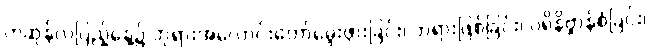
ကဆုန်လပြည့်နေ့၌ ဘုရားအလောင်းတော်မွေးဖွားခြင်း၊ ဘုရားဖြစ်ခြင်း၊ ပရိနိဗ္ဗာန်စံခြင်း၊